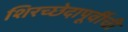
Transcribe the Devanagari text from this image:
शिरच्छेदापूर्वीची